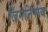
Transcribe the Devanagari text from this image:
लिंगनिर्णय